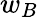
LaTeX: w_{B}